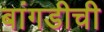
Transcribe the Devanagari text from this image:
बांगडीची